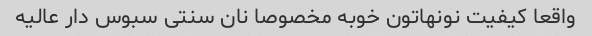
واقعا کیفیت نونهاتون خوبه مخصوصا نان سنتی سبوس دار عالیه